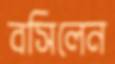
বসিলেন